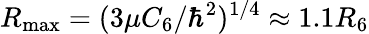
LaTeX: R_{\operatorname*{max}}=(3\mu C_{6}/\hbar^{2})^{1/4}\approx 1.1R_{6}